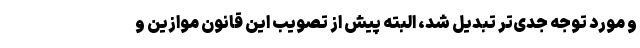
و مورد توجه جدی‌تر تبدیل شد، البته پیش از تصویب این قانون موازین و